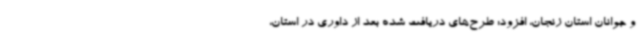
و جوانان استان زنجان، افزود: طرح‌های دریافت شده بعد از داوری در استان،